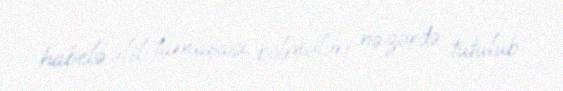
habelə əlil tamaşaçı bölmələri nəzərdə tutulub.